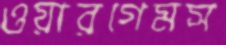
ওয়ারগেমস